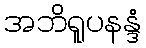
အဘိရူပနန္ဒံ